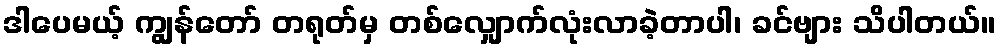
ဒါပေမယ့် ကျွန်တော် တရုတ်မှ တစ်လျှောက်လုံးလာခဲ့တာပါ၊ ခင်ဗျား သိပါတယ်။